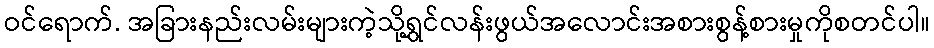
ဝင်ရောက်. အခြားနည်းလမ်းများကဲ့သို့ရွှင်လန်းဖွယ်အလောင်းအစားစွန့်စားမှုကိုစတင်ပါ။